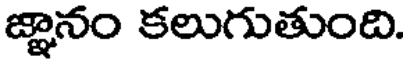
జ్ఞానం కలుగుతుంది.